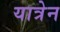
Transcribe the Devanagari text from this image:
यात्रेन